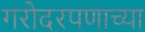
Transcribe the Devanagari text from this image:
गरोदरपणाच्या